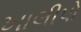
ખાલીપો